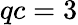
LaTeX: qc=3